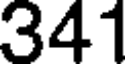
341